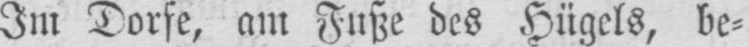
Im Dorfe, am Fuße des Hügels, be⸗